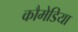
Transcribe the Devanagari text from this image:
कौमेडिया